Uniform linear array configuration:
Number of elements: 64
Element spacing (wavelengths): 0.75
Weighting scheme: binomial
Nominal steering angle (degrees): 30
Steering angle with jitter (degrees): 31.919
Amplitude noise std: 0.05
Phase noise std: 0.05

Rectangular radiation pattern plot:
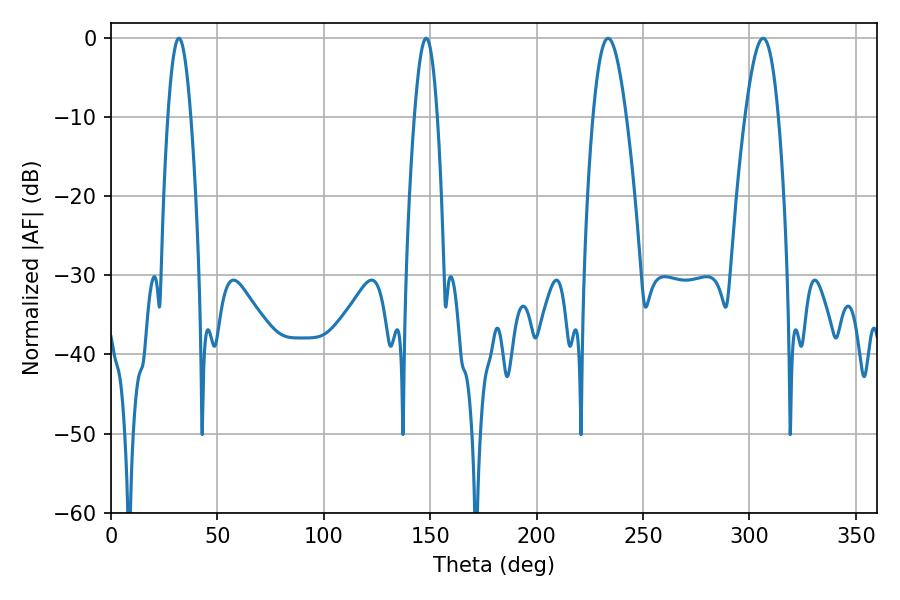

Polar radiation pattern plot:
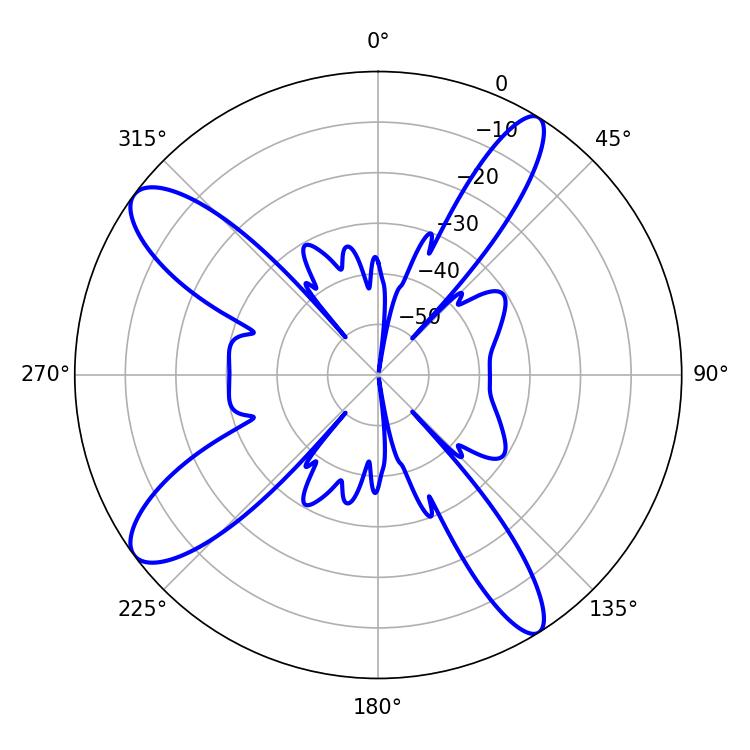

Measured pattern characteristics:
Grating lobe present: TRUE
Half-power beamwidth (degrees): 8.46
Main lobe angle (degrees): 233.64